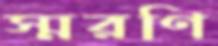
স্মরণি